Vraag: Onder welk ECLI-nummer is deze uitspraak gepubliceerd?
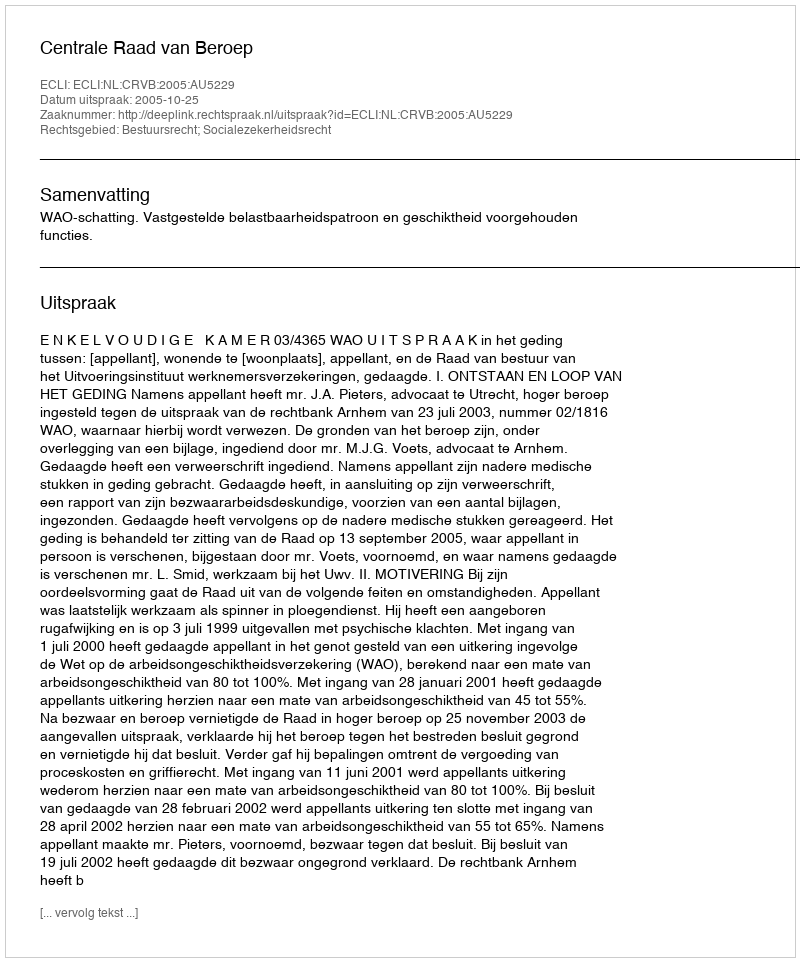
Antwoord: ECLI:NL:CRVB:2005:AU5229